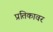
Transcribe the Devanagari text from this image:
प्रतिकावर